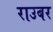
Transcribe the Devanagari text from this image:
राउबर